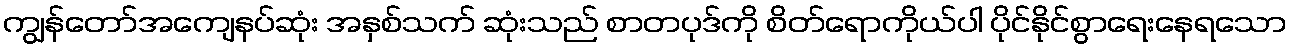
ကျွန်တော်အကျေနပ်ဆုံး အနှစ်သက် ဆုံးသည် စာတပုဒ်ကို စိတ်ရောကိုယ်ပါ ပိုင်နိုင်စွာရေးနေရသော